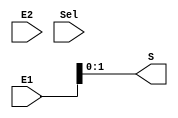
module Mux2_1(E1, E2, S, Sel);
input [3:0] E1, E2;
input Sel;
output [1:0] S;

assign S = sel[1] ? E2 : E1;
endmodule